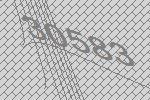
30583